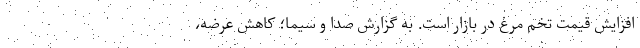
افزایش قیمت تخم مرغ در بازار است. به گزارش صدا و سیما؛ کاهش عرضه،